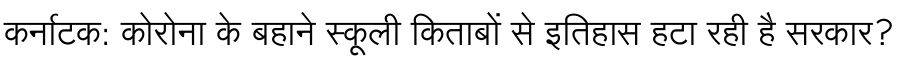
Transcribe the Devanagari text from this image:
कर्नाटक: कोरोना के बहाने स्कूली किताबों से इतिहास हटा रही है सरकार?